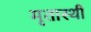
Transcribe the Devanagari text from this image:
मृतास्थी